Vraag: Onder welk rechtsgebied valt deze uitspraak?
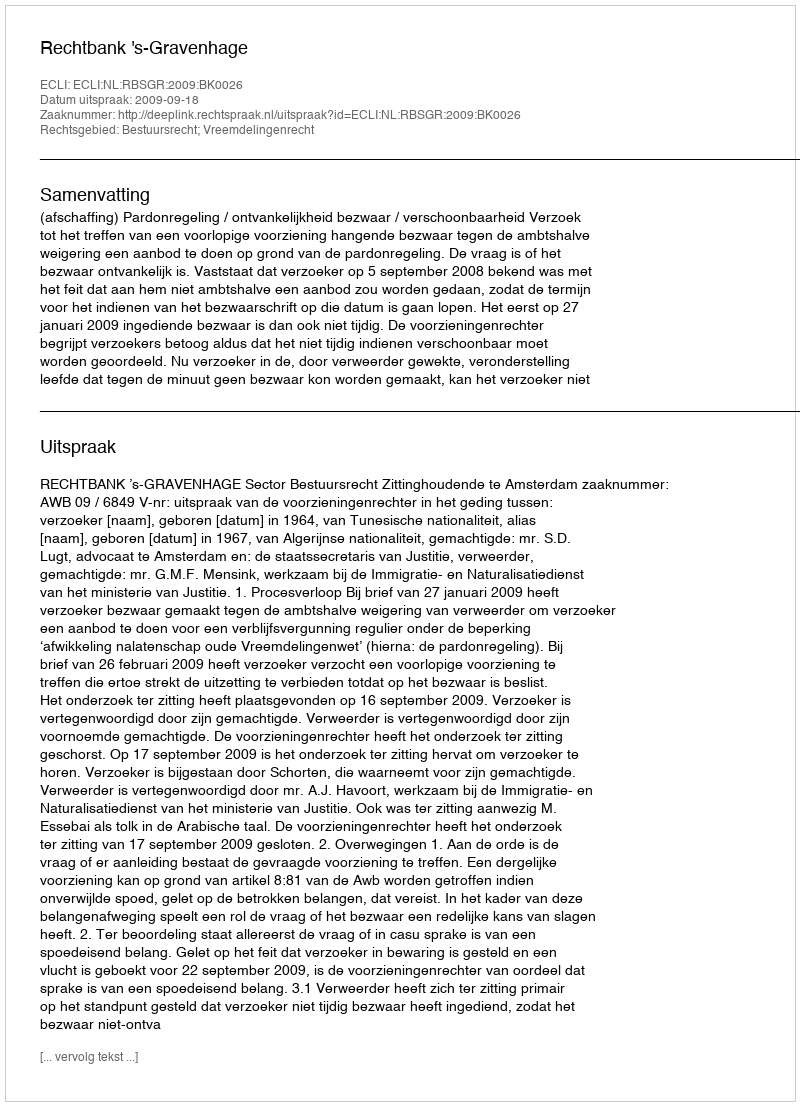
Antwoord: Bestuursrecht; Vreemdelingenrecht